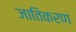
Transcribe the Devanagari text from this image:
जातिकरण